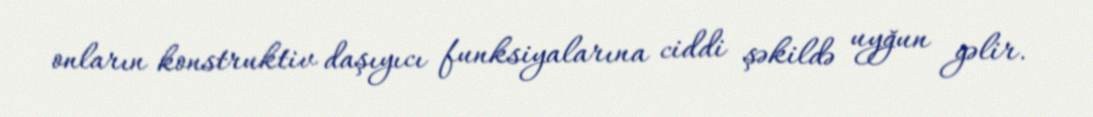
onların konstruktiv daşıyıcı funksiyalarına ciddi şəkildə uyğun gəlir.